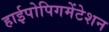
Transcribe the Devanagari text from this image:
हाईपोपिगमेंटेशन